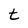
Character: t